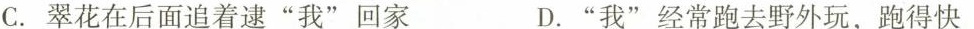
C.翠花在后面追着逮”我”回家 D.””经常跑去野外玩，跑得快